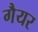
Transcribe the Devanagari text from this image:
गैयर